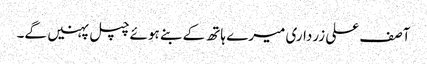
آصف علی زرداری میرے ہاتھ کے بنے ہوئے چپل پہنیں گے۔